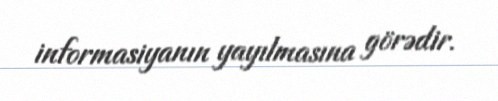
informasiyanın yayılmasına görədir.